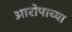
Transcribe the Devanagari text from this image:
आरोपाच्या